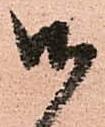
御